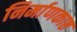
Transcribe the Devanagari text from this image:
निर्माणकाष्ठ